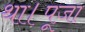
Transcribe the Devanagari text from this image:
था।पूजा